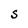
Character: S